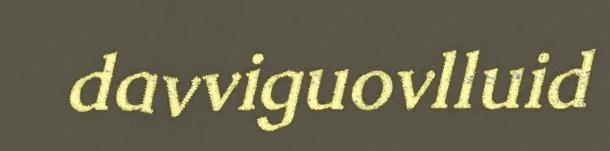
davviguovlluid